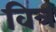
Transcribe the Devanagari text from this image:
वित्र